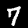
Digit: 7